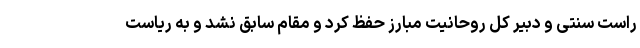
راست سنتی و دبیر کل روحانیت مبارز حفظ کرد و مقام سابق نشد و به ریاست